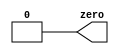
// Build a circuit with no inputs and one output that outputs a constant 0
module top_module(output zero);// Module body starts after semicolon
  assign zero = 1'b0;
endmodule